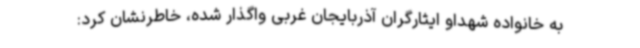
به خانواده شهداو ایثارگران آذربایجان غربی واگذار شده، خاطرنشان کرد: